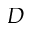
D